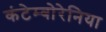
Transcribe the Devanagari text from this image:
कंटेम्बोरेनिया